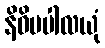
နိဓိမပါလယုံ